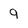
Character: 9